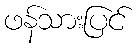
ဖန်သားပြင်